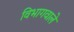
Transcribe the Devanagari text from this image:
विभागवाले